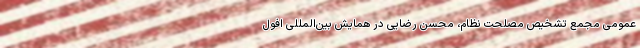
عمومی مجمع تشخیص مصلحت نظام، محسن رضایی در همایش بین‌المللی افول